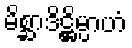
မိစ္ဆာဒိဋ္ဌိမ္ပာဟံ